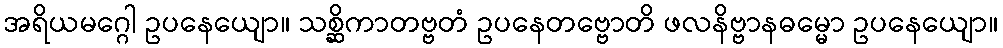
အရိယမဂ္ဂေါ ဥပနေယျော။ သစ္ဆိကာတဗ္ဗတံ ဥပနေတဗ္ဗောတိ ဖလနိဗ္ဗာနဓမ္မော ဥပနေယျော။